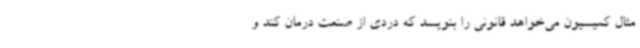
مثال کمیسیون می‌خواهد قانونی را بنویسد که دردی از صنعت درمان کند و